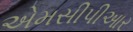
એમસીપીઆર